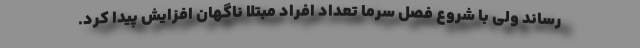
رساند ولی با شروع فصل سرما تعداد افراد مبتلا ناگهان افزایش پیدا کرد.